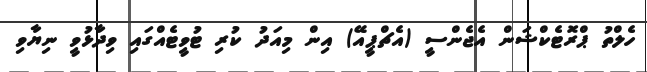
ހެލްތު ޕްރޮޓެކްޝަން އެޖެންސީ (އެޗްޕީއޭ) އިން މިއަދު ކުރި ޓުވީޓެއްގައި ވިދާޅުވީ ނިޔާވި